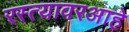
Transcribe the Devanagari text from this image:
रस्त्यावरआहे